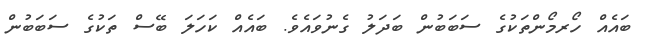
ބައެއް ހޯރމޯންތަކުގެ ސަބަބުން ބަދަލު ގެނުވައެވެ. ބައެއް ކަހަލަ ބޭސް ތަކުގެ ސަބަބުން